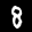
Label: 8